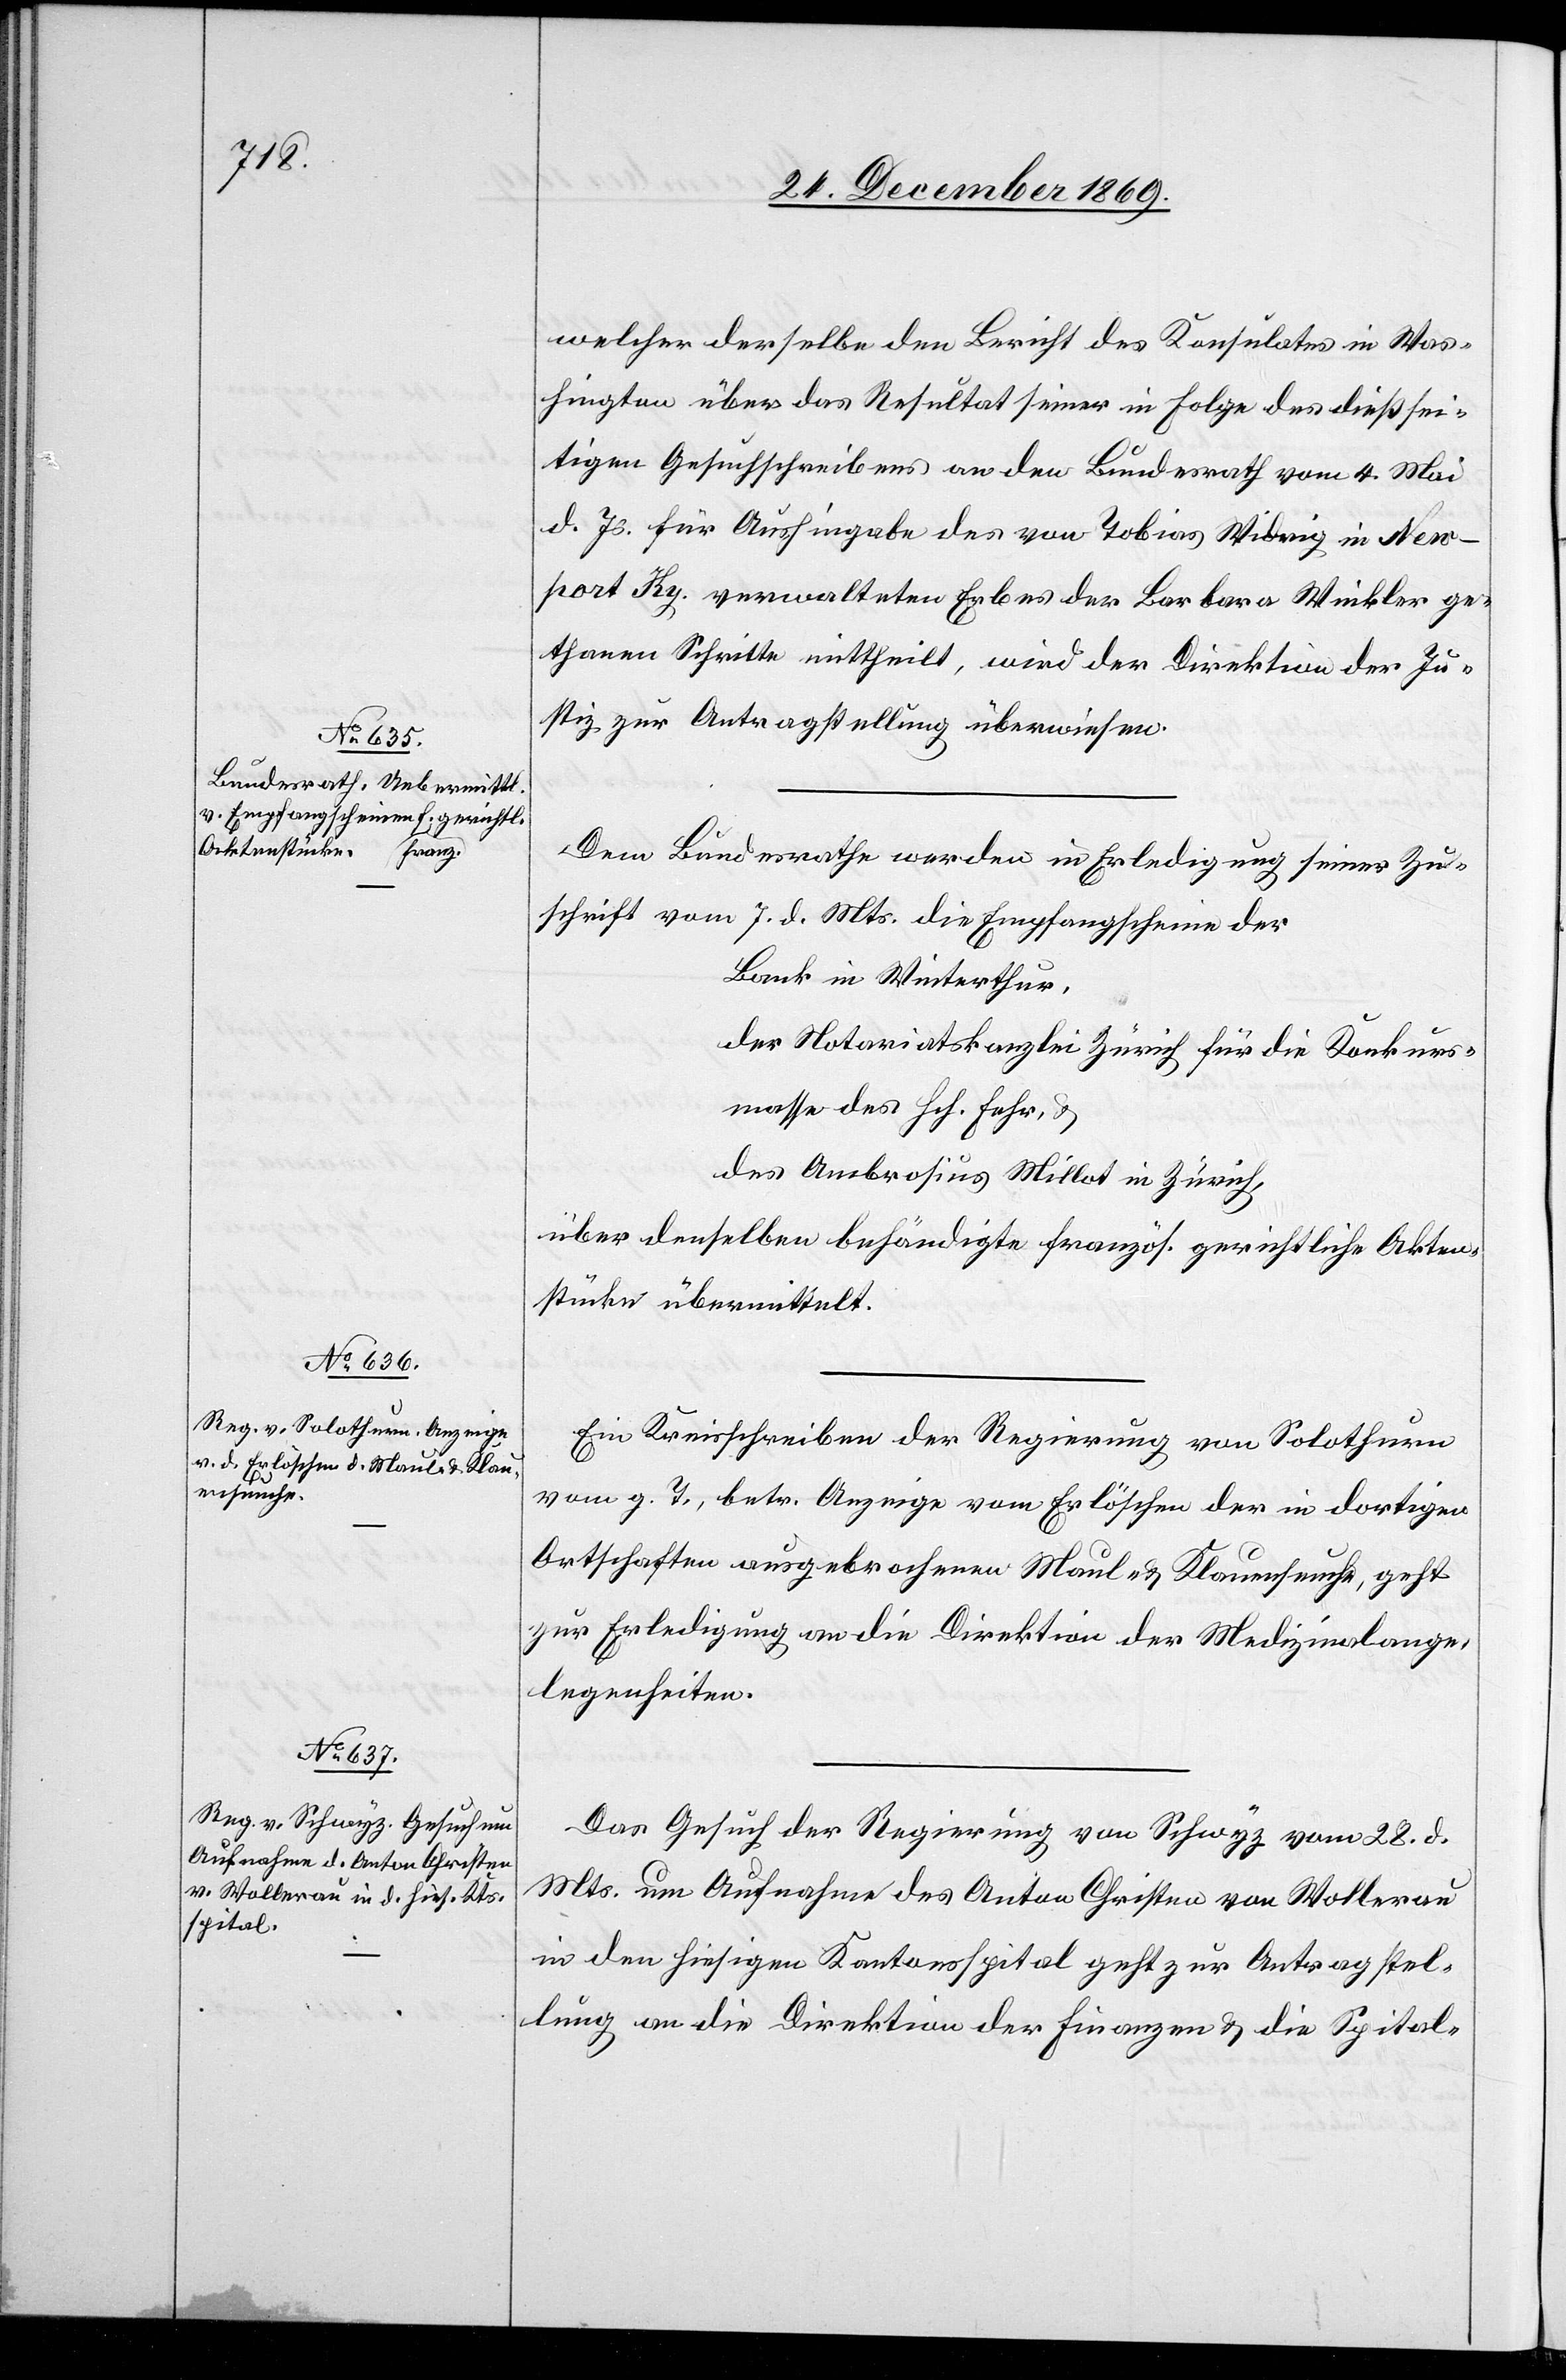
30. December 1869.]
welcher derselbe den Bericht des Konsulates in Was¬
hington über das Resultat seiner in Folge des dießsei¬
tigen Gesuchschreibens an den Bundesrath vom 4. Mai
d. Js. für Aushingabe des von Tobias Widrig in New¬
port Ky. verwalteten Erbes der Barbara Winkler ge¬
thanen Schritte mittheilt, wird der Direktion der Ju¬
stiz zur Antragstellung überwiesen.
Dem Bundesrathe werden in Erledigung seiner Zu¬
schrift vom 7. d. Mts. die Empfangscheine der
Bank in Winterthur,
der Notariatskanzlei Zürich für die Konkurs¬
masse des Hch. Fehr, &
des Ambrosius Millot in Zürich,
über denselben behändigte französ. gerichtliche Akten¬
stücke übermittelt.
Ein Kreisschreiben der Regierung von Solothurn
vom g. T., betr. Anzeige vom Erlöschen der in dortigen
Ortschaften ausgebrochenen Maul- & Klauenseuche, geht
zur Erledigung an die Direktion der Medizinalange¬
legenheiten.
Das Gesuch der Regierung von Schwyz vom 28. d.
Mts. um Aufnahme des Anton Christen von Wollerau
in den hiesigen Kantonsspital geht zur Antragstel¬
lung an die Direktion der Finanzen & die Spital-